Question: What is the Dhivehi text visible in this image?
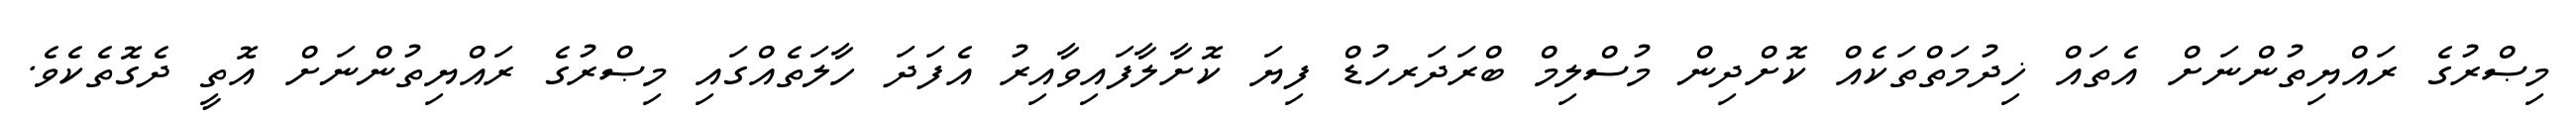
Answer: މިޞްރުގެ ރައްޔިތުންނަށް އެތައް ޚިދުމަތްތަކެއް ކޮށްދިން މުސްލިމް ބްރަދަރހުޑް ފިޔަ ކޮށާލާފައިވާއިރު އެފަދަ ހާލަތެއްގައި މިޞްރުގެ ރައްޔިތުންނަށް އޮތީ ދެގޮތެކެވެ.